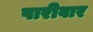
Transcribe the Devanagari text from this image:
पारीवार